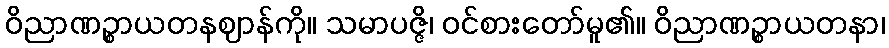
ဝိညာဏဉ္စာယတနဈာန်ကို။ သမာပဇ္ဇိ၊ ဝင်စားတော်မူ၏။ ဝိညာဏဉ္စာယတနာ၊